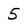
Character: 5